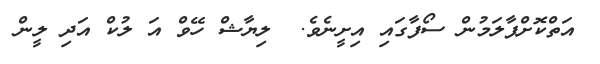
އަތްކޮށްޕާލަމުން ސޯފާގައި އިށީނެވެ.  ލިޔާޝް ހޭވް އަ ލުކް އަދި ލީން